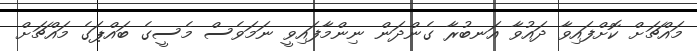
މައްޗަށް ކޮށްފައިވާ ދައުވާ އަނބުރާ ގެންދަން ނިންމާފައިވީ ނަމަވެސް މެސީގެ ބައްޕަގެ މައްޗަށް